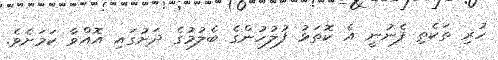
ހުރި ތަކެތި ފެނުނީ އެ ކޮތަޅު ފުލުހުންގެ ބެލުމުގެ ދަށުގައި އޮއްވާ ކަމަށެވެ.